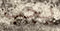
يجب